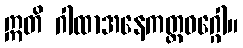
ဣတိ ဂါထာအနေကတ္ထဝဂ္ဂေါ။